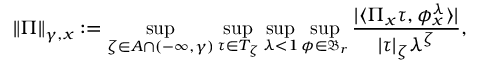
\| \Pi \| _ { \gamma , x } : = \operatorname* { s u p } _ { \zeta \in A \cap ( - \infty , \gamma ) } \operatorname* { s u p } _ { \tau \in T _ { \zeta } } \operatorname* { s u p } _ { \lambda < 1 } \operatorname* { s u p } _ { \phi \in \mathfrak { B } _ { r } } \frac { | \langle \Pi _ { x } \tau , \phi _ { x } ^ { \lambda } \rangle | } { | \tau | _ { \zeta } \lambda ^ { \zeta } } ,